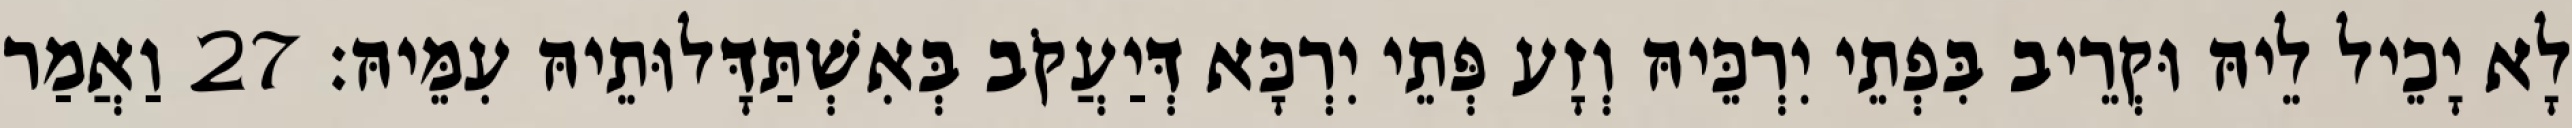
לָא יָכֵיל לֵיהּ וּקְרֵיב בִּפְתֵי יִרְכֵּיהּ וְזָע פְּתֵי יִרְכָּא דְּיַעֲקֹב בְּאִשְׁתַּדָּלוּתֵיהּ עִמֵּיהּ׃ 27 וַאֲמַר